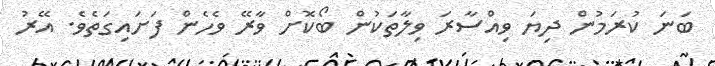
ބަނަ ކުރަމުން ދިޔަ ވިއްސާރަ ވިލާތަކުން ބޯކޮށް ވާރޭ ވެހެން ފަށައިގަތެވެ. އޭރު